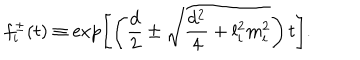
LaTeX: f _ { i } ^ { \pm } ( t ) \equiv \exp \left[ \left( { \frac { d } { 2 } } \pm \sqrt { { \frac { d ^ { 2 } } { 4 } } + l _ { i } ^ { 2 } m _ { i } ^ { 2 } } \right) t \right] .